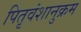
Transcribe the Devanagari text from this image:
पितृवंशानुक्रम